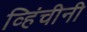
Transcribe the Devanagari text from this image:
व्हिंचीनी